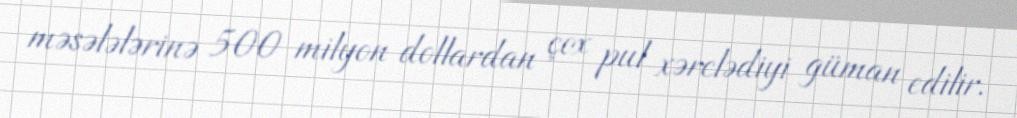
məsələlərinə 500 milyon dollardan çox pul xərclədiyi güman edilir.